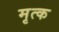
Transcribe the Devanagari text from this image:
मृत्क